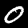
Digit: 0